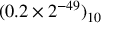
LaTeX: ( 0 . 2 \times 2 ^ { - 4 9 } ) _ { 1 0 }